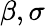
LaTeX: \beta,\sigma